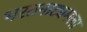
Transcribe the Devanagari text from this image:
भरतनाट्यमला